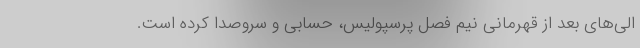
الی‌های بعد از قهرمانی نیم فصل پرسپولیس، حسابی و سروصدا کرده است.